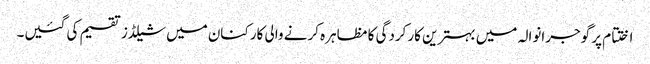
اختتام پر گوجرانوالہ میں بہترین کارکردگی کا مظاہرہ کرنے والی کارکنان میں شیلڈز تقسیم کی گئیں۔